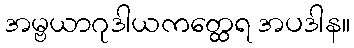
အမ္ဗယာဂုဒါယကတ္ထေရ အပဒါန။